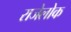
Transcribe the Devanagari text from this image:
राजेलोक